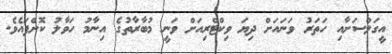
އީގަލްސަށާއި ހަތަރު ވަނައަށް ދިޔަ ވިކްޓްރިއަށް ވަނީ މުބާރާތުގެ އިނާމު ހަވާލު ކޮށްފައެވެ.